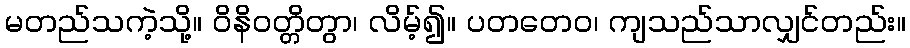
မတည်သကဲ့သို့။ ဝိနိဝတ္တိတွာ၊ လိမ့်၍။ ပတတေဝ၊ ကျသည်သာလျှင်တည်း။